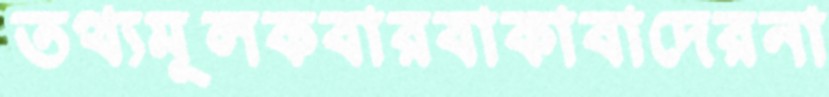
তথ্যমূলকবারবাকাবাদেরনা